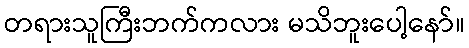
တရားသူကြီးဘက်ကလား မသိဘူးပေါ့နော်။